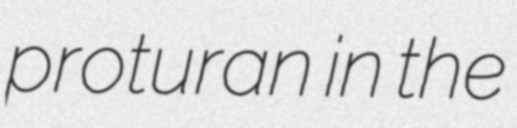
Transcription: proturan in the